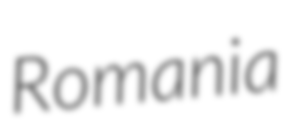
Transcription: Romania